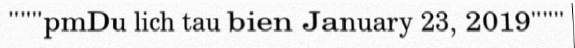
"""pmDu lich tau bien January 23, 2019"""